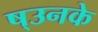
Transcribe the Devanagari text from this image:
ष्उनके